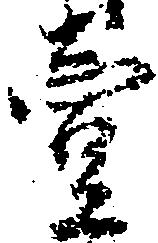
壱